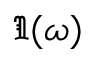
\Im ( \omega )